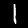
Label: 1